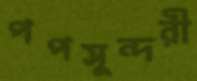
পপসুন্দরী